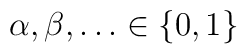
\alpha ,\beta ,\ldots \in \left\{ 0,1\right\}